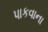
પાકવાના